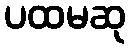
ပထမဆု